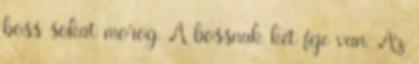
boss sokat morog. A bossnak két feje van. Az